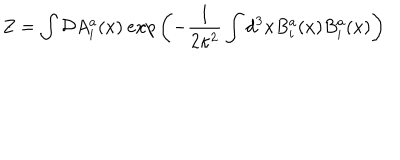
Z = \int { \cal D } A _ { i } ^ { a } ( x ) \: e x p \left( - \frac { 1 } { 2 \kappa ^ { 2 } } \int d ^ { 3 } x B _ { i } ^ { a } ( x ) B _ { i } ^ { a } ( x ) \right)